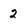
Character: 2